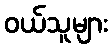
ဝယ်သူများ